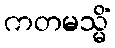
ကတမသ္မိံ